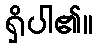
ရှိပါ၏။